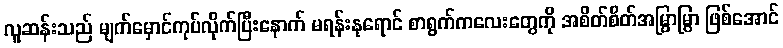
လူဆန်းသည် မျက်မှောင်ကုပ်လိုက်ပြီးနောက် မရန်းနုရောင် စာရွက်ကလေးတွေကို အစိတ်စိတ်အမြွာမြွာ ဖြစ်အောင်